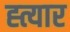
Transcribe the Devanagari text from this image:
ह्त्यार